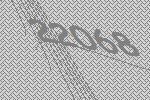
22068